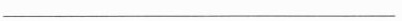
___